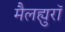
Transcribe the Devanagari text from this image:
मैलह्युरॉ